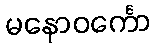
မနောဝင်္ကော